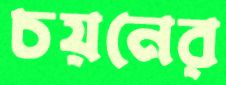
চয়নের